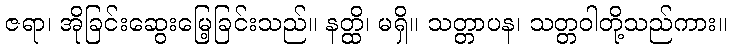
ဇရာ၊ အိုခြင်းဆွေးမြေ့ခြင်းသည်။ နတ္ထိ၊ မရှိ။ သတ္တာပန၊ သတ္တဝါတို့သည်ကား။